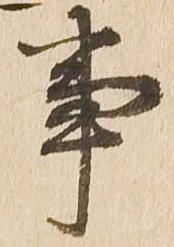
事